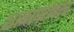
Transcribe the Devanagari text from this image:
शाळांबरोबरच